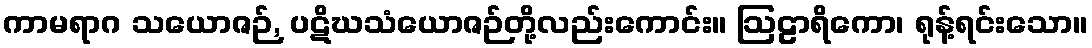
ကာမရာဂ သယောဇဉ်, ပဋိဃသံယောဇဉ်တို့လည်းကောင်း။ ဩဠာရိကော၊ ရုန့်ရင်းသော။